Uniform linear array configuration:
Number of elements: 16
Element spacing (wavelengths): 1
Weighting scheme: hann
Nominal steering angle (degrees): -15
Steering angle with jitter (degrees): -16.512
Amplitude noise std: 0.05
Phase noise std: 0.05

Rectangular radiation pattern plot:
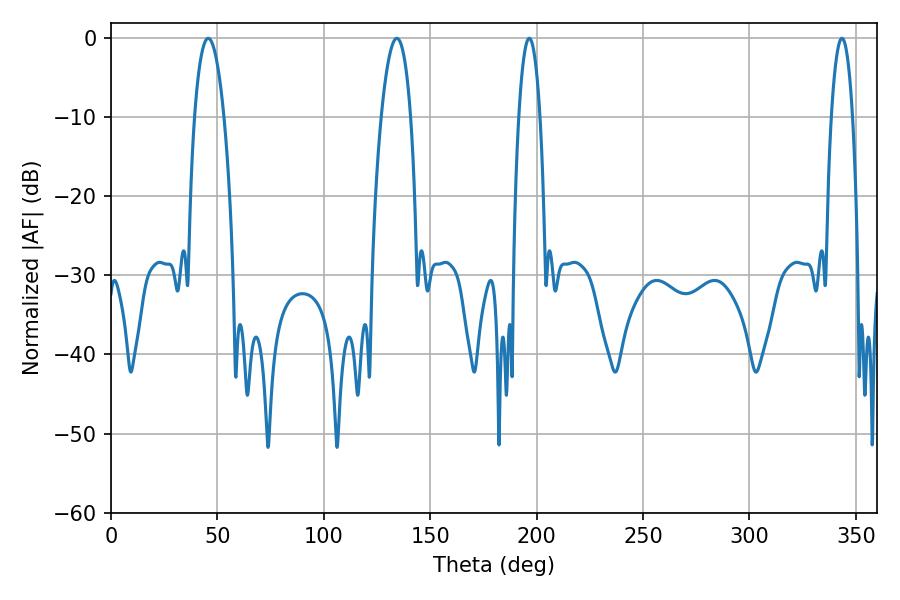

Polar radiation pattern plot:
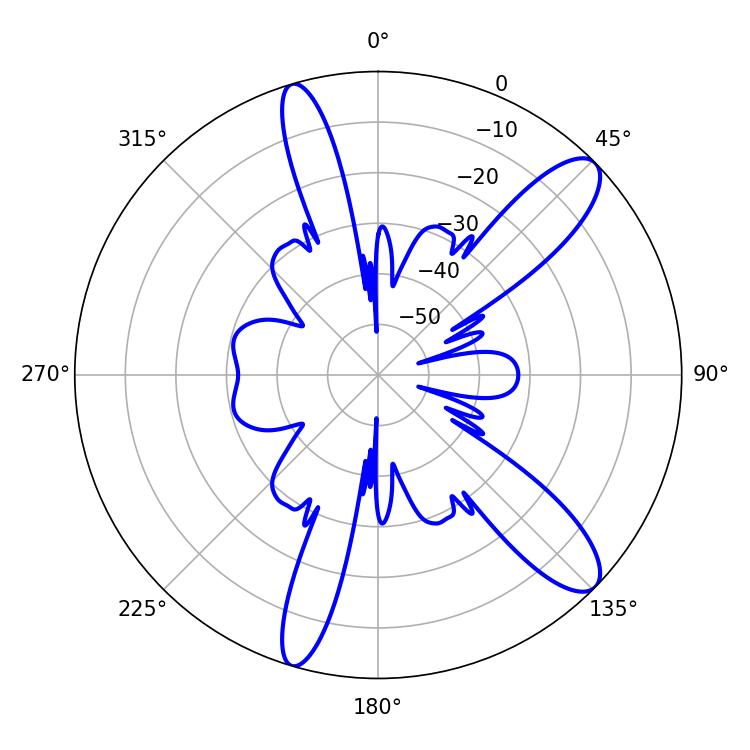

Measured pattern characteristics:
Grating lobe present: TRUE
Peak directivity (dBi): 11.357
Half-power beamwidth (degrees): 5.4
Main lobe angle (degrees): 196.56